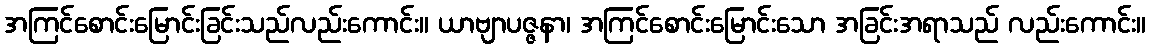
အကြင်စောင်းမြောင်းခြင်းသည်လည်းကောင်း။ ယာဗျာပဇ္ဇနာ၊ အကြင်စောင်းမြောင်းသော အခြင်းအရာသည် လည်းကောင်း။